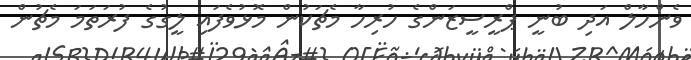
ވެންހާލް އަދި ބުނީ ޕްރީސީޒަންގެ ހުރިހާ މެޗަކުން މޮޅުވެފައި ލީގުގެ ފުރަތަމަ މެޗުން